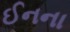
ઈનના